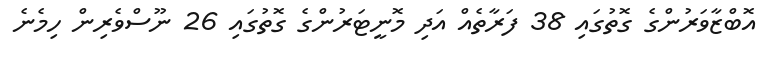
އޮބްޒާވަރުންގެ ގޮތުގައި 38 ފަރާތެއް އަދި މޮނީޓަރުންގެ ގޮތުގައި 26 ނޫސްވެރިން ހިމެނެ